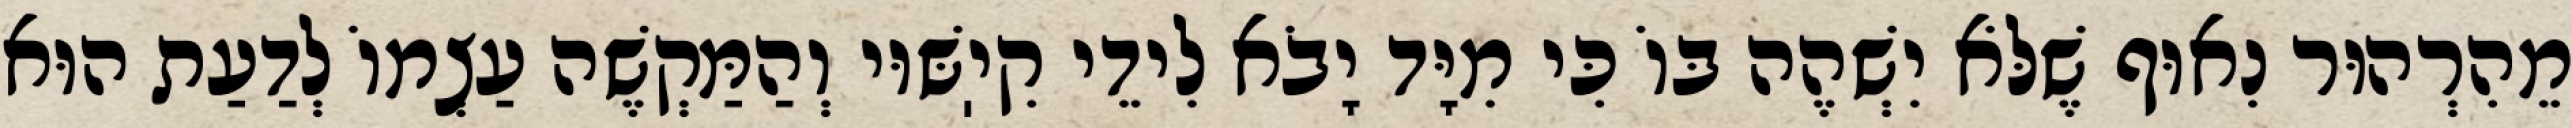
מֵהִרְהוּר נִאוּף שֶׁלֹּא יִשְׁהֶה בּוֹ כִּי מִיָּד יָבֹא לִידֵי קִיֽשּׁוּי וְהַמַּקְשֶׁה עַצְמוֹ לְדַעַת הוּא